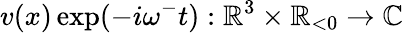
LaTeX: v(x)\exp(-i\omega^{-}t):\mathbb{R}^{3}\times\mathbb{R}_{<0}\rightarrow\mathbb{C}